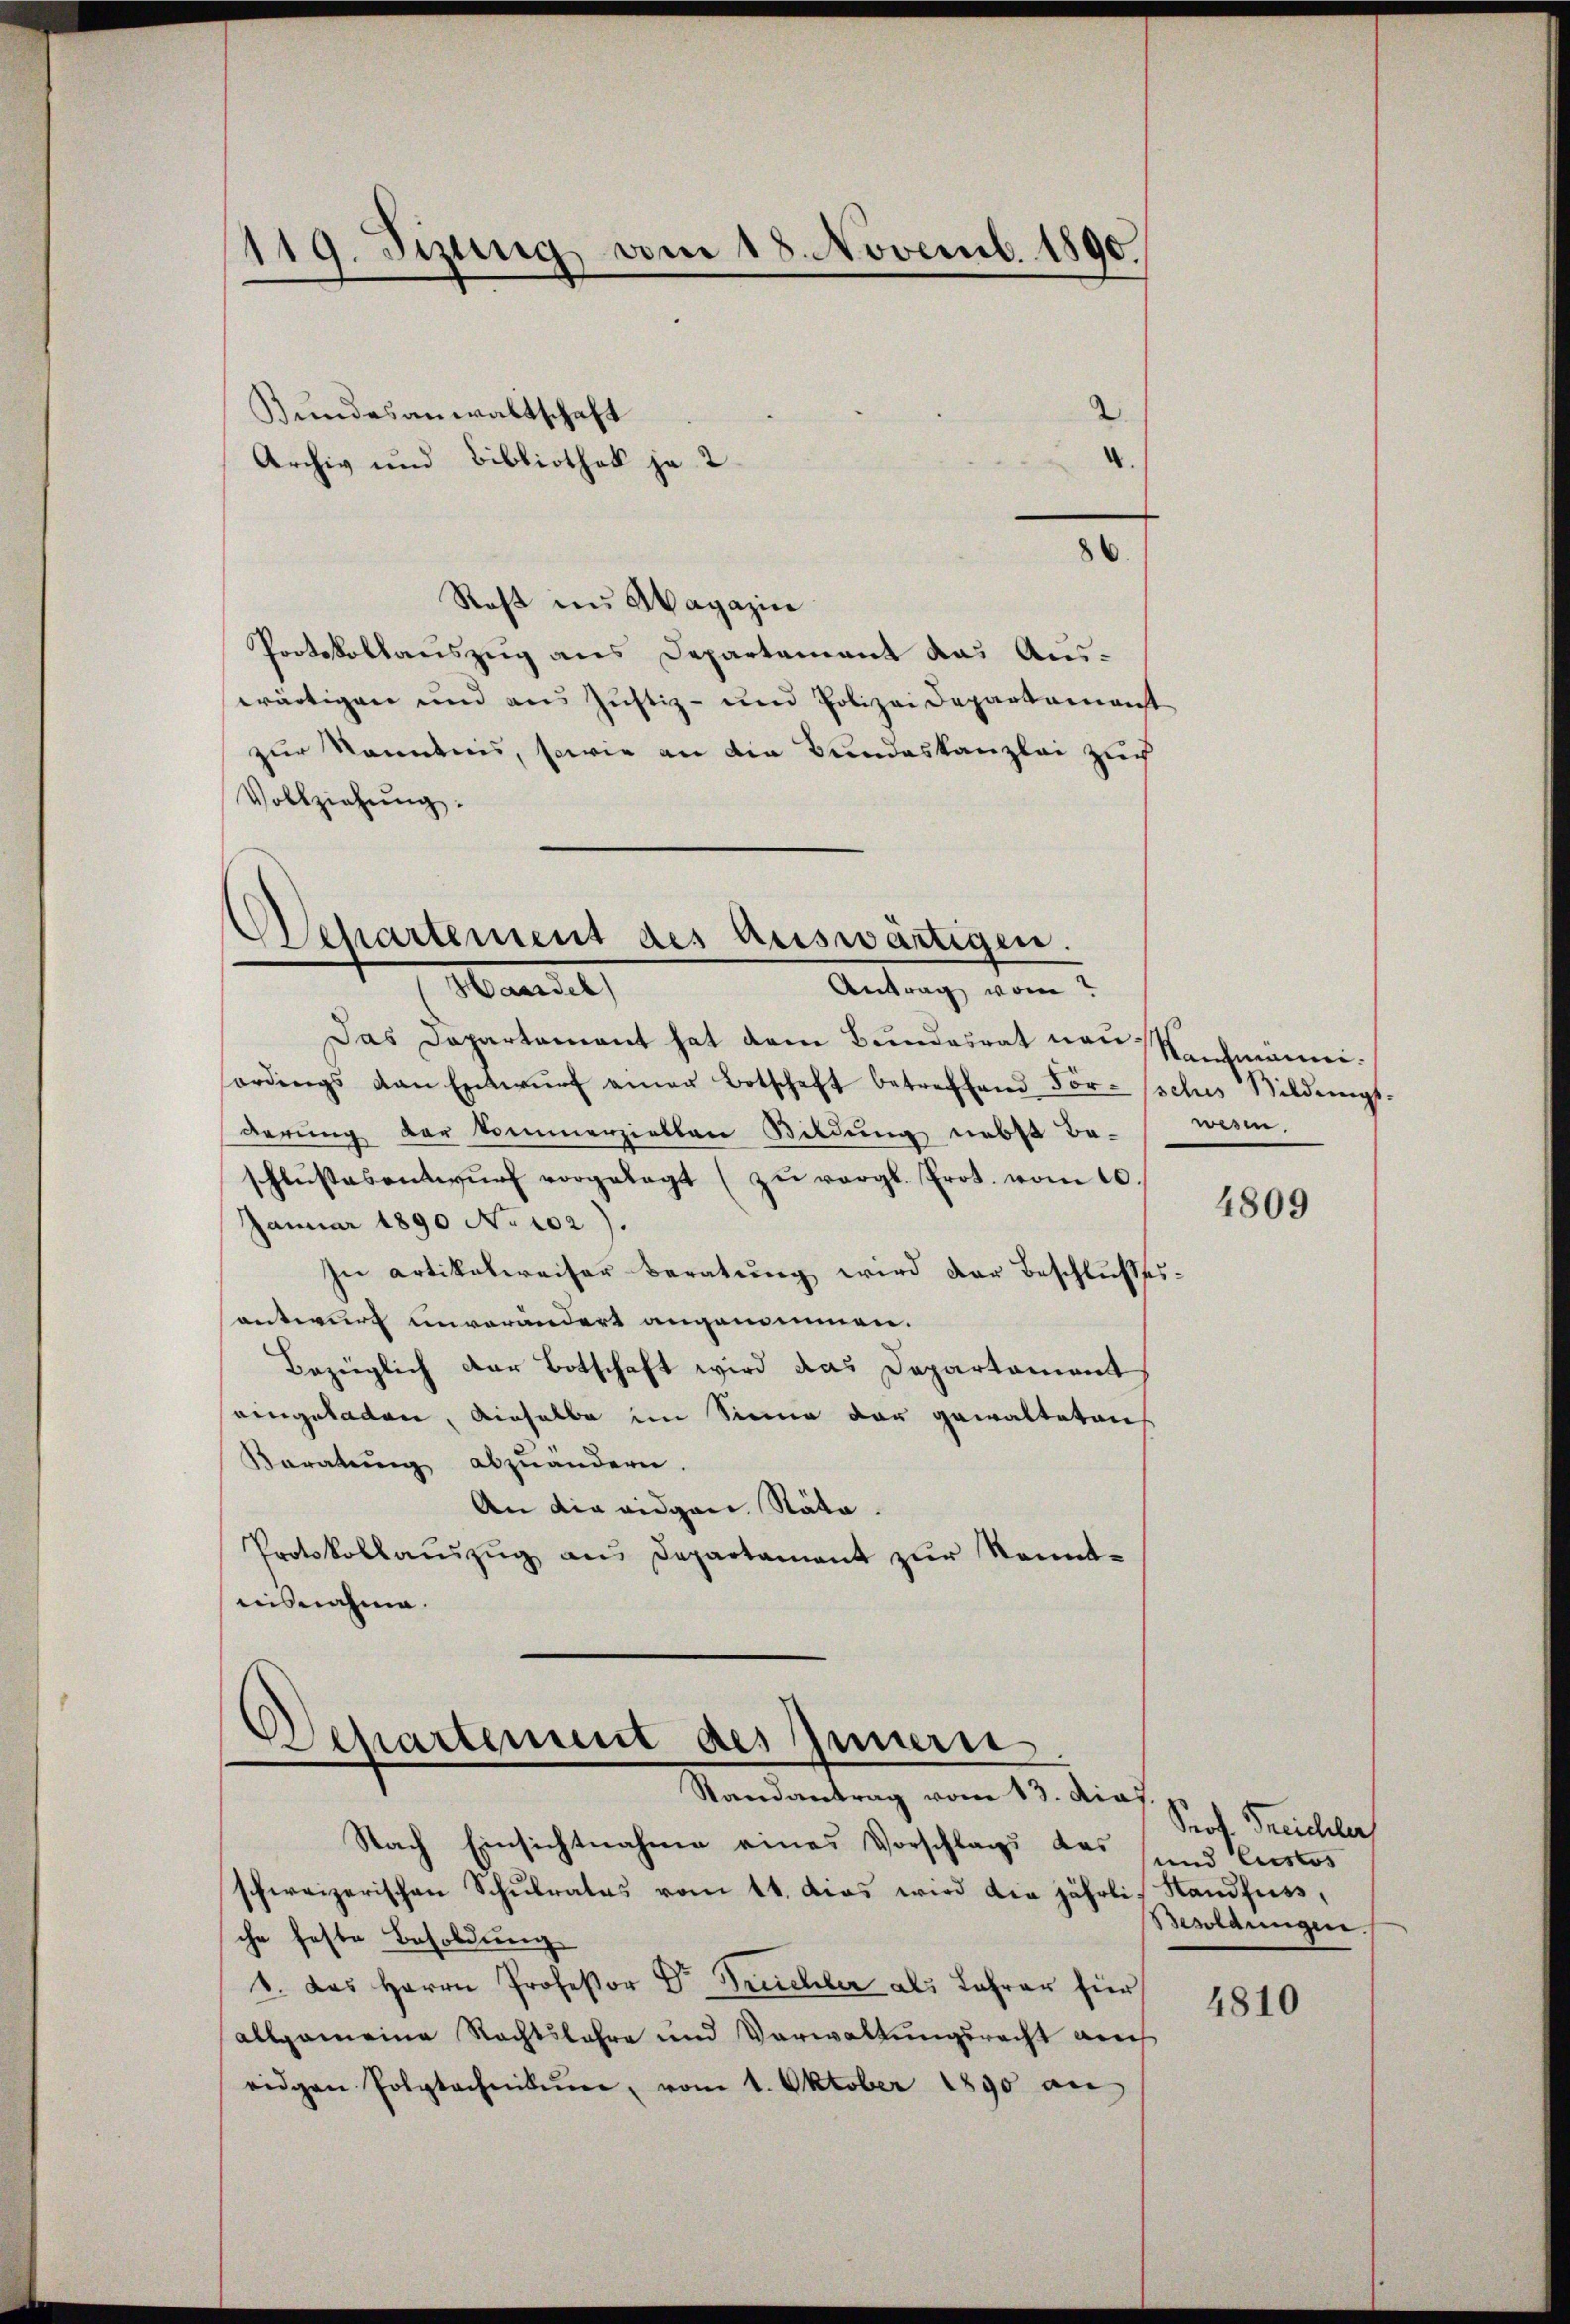
119. Sizung am 18. Novemb. 1890.

Bundesanwaltschaft
Archiv und Bibliothek ja 2
Raβ in Magazin
Protokollauszug aus Departement das Auswärtigen und aus Justiz- und Polizei Departamenst
zur Kenntnis, sowie an die Bundeskanzlei zuch
Vollziehŭng:

d
Departement des Auswärtigen.
Handel
Antrag vom

Departement des Innern
Randantrag vom 13. dies.

2.

86.

Das Dapartement hat dem Bundesrat non Kaufmänniordings von Entwŭrf einer Botschaft betreffend För-sches Bildungs-
derung der kommerzielten Bildung nebst Be- wesen
schlŭssesentwŭrf vorgelegt zŭ vergl. Prot. vom 10.
Januar 1890 No 102).
In artikelweiser Beratung wird der Beschlußes-
antwurf unverändert angenommen.
Bezüglich der Botschaft wird das Departement
eingeladen, dieselbe im Sinne der gewalteten
Varatung abzuändern.
An die eidgen. Räte.
Protokollaŭszŭg ans Departament zŭr Kennt-
uisnahme.

Nach Einsichtnahme eines Vorschlags das und Custos
schweizerischen Schŭlrates vom 11. das wird die jährlich Handfuss,
che feste Besoldung
1. das Herrn Professor Dr Treichler als Lehrer für
allgemeine Rechtsbahre und Verwaltungsrecht auch
eidgen Polytechnikum, vom 1. Oktober 1890 au

4809

Prof. Treichler
Besoldungen

4810